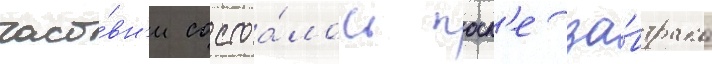
часо́вн'и состоа́лось посл'е за́втрака